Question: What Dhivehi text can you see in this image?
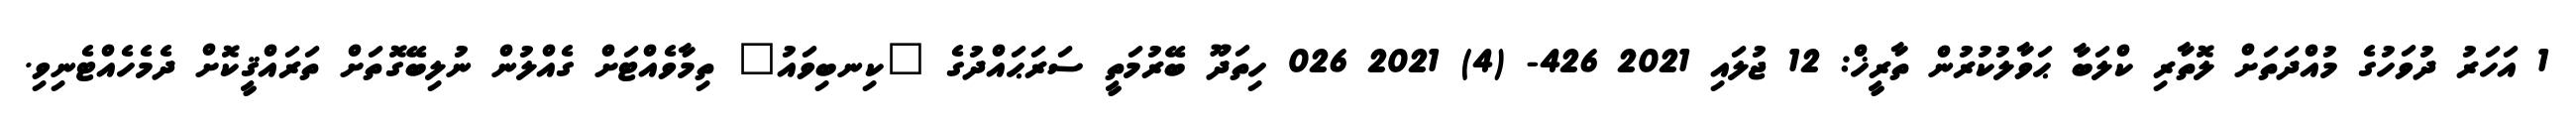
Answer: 1 އަހަރު ދުވަހުގެ މުއްދަތަށް ލޮތާރި ކްލަބާ ޙަވާލުކުރުން ތާރީޚް: 12 ޖުލައި 2021 426- (4) 2021 026 ހިތަދޫ ބޭރުމަތީ ސަރަޙައްދުގެ "ކިނބިވައު" ތިމާވެއްޓަށް ގެއްލުން ނުލިބޭގޮތަށް ތަރައްޤީކޮށް ދެމެހެއްޓެނިވި.